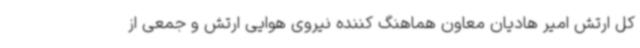
کل ارتش امیر هادیان معاون هماهنگ کننده نیروی هوایی ارتش و جمعی از